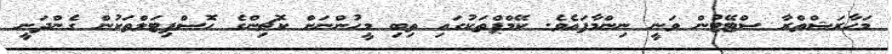
މަހާރަޝްތްރާ ސްޓޭޓުން ވަނީ ނިންމާފައެވެ. ކޭމްޕްތަކުގައި ތިބި މީހުންނަށް ކޮޗިންގެ ހޮސްޕިޓަލްތަކުން ގެންދަނީ